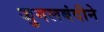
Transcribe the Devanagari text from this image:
जुगलबंदीने